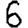
Digit: 6